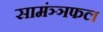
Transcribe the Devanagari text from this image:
सामंञ्ञफल